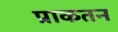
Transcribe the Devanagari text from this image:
प्राकतन